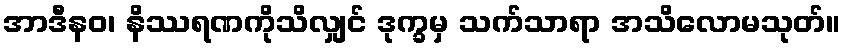
အာဒီနဝ၊ နိဿရဏကိုသိလျှင် ဒုက္ခမှ သက်သာရာ အသိလောမသုတ်။